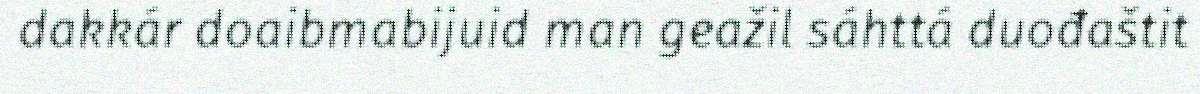
dakkár doaibmabijuid man geažil sáhttá duođaštit